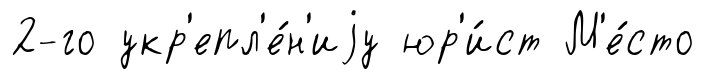
2-го укр'епл'е́н'иjу юр'и́ст М'е́сто